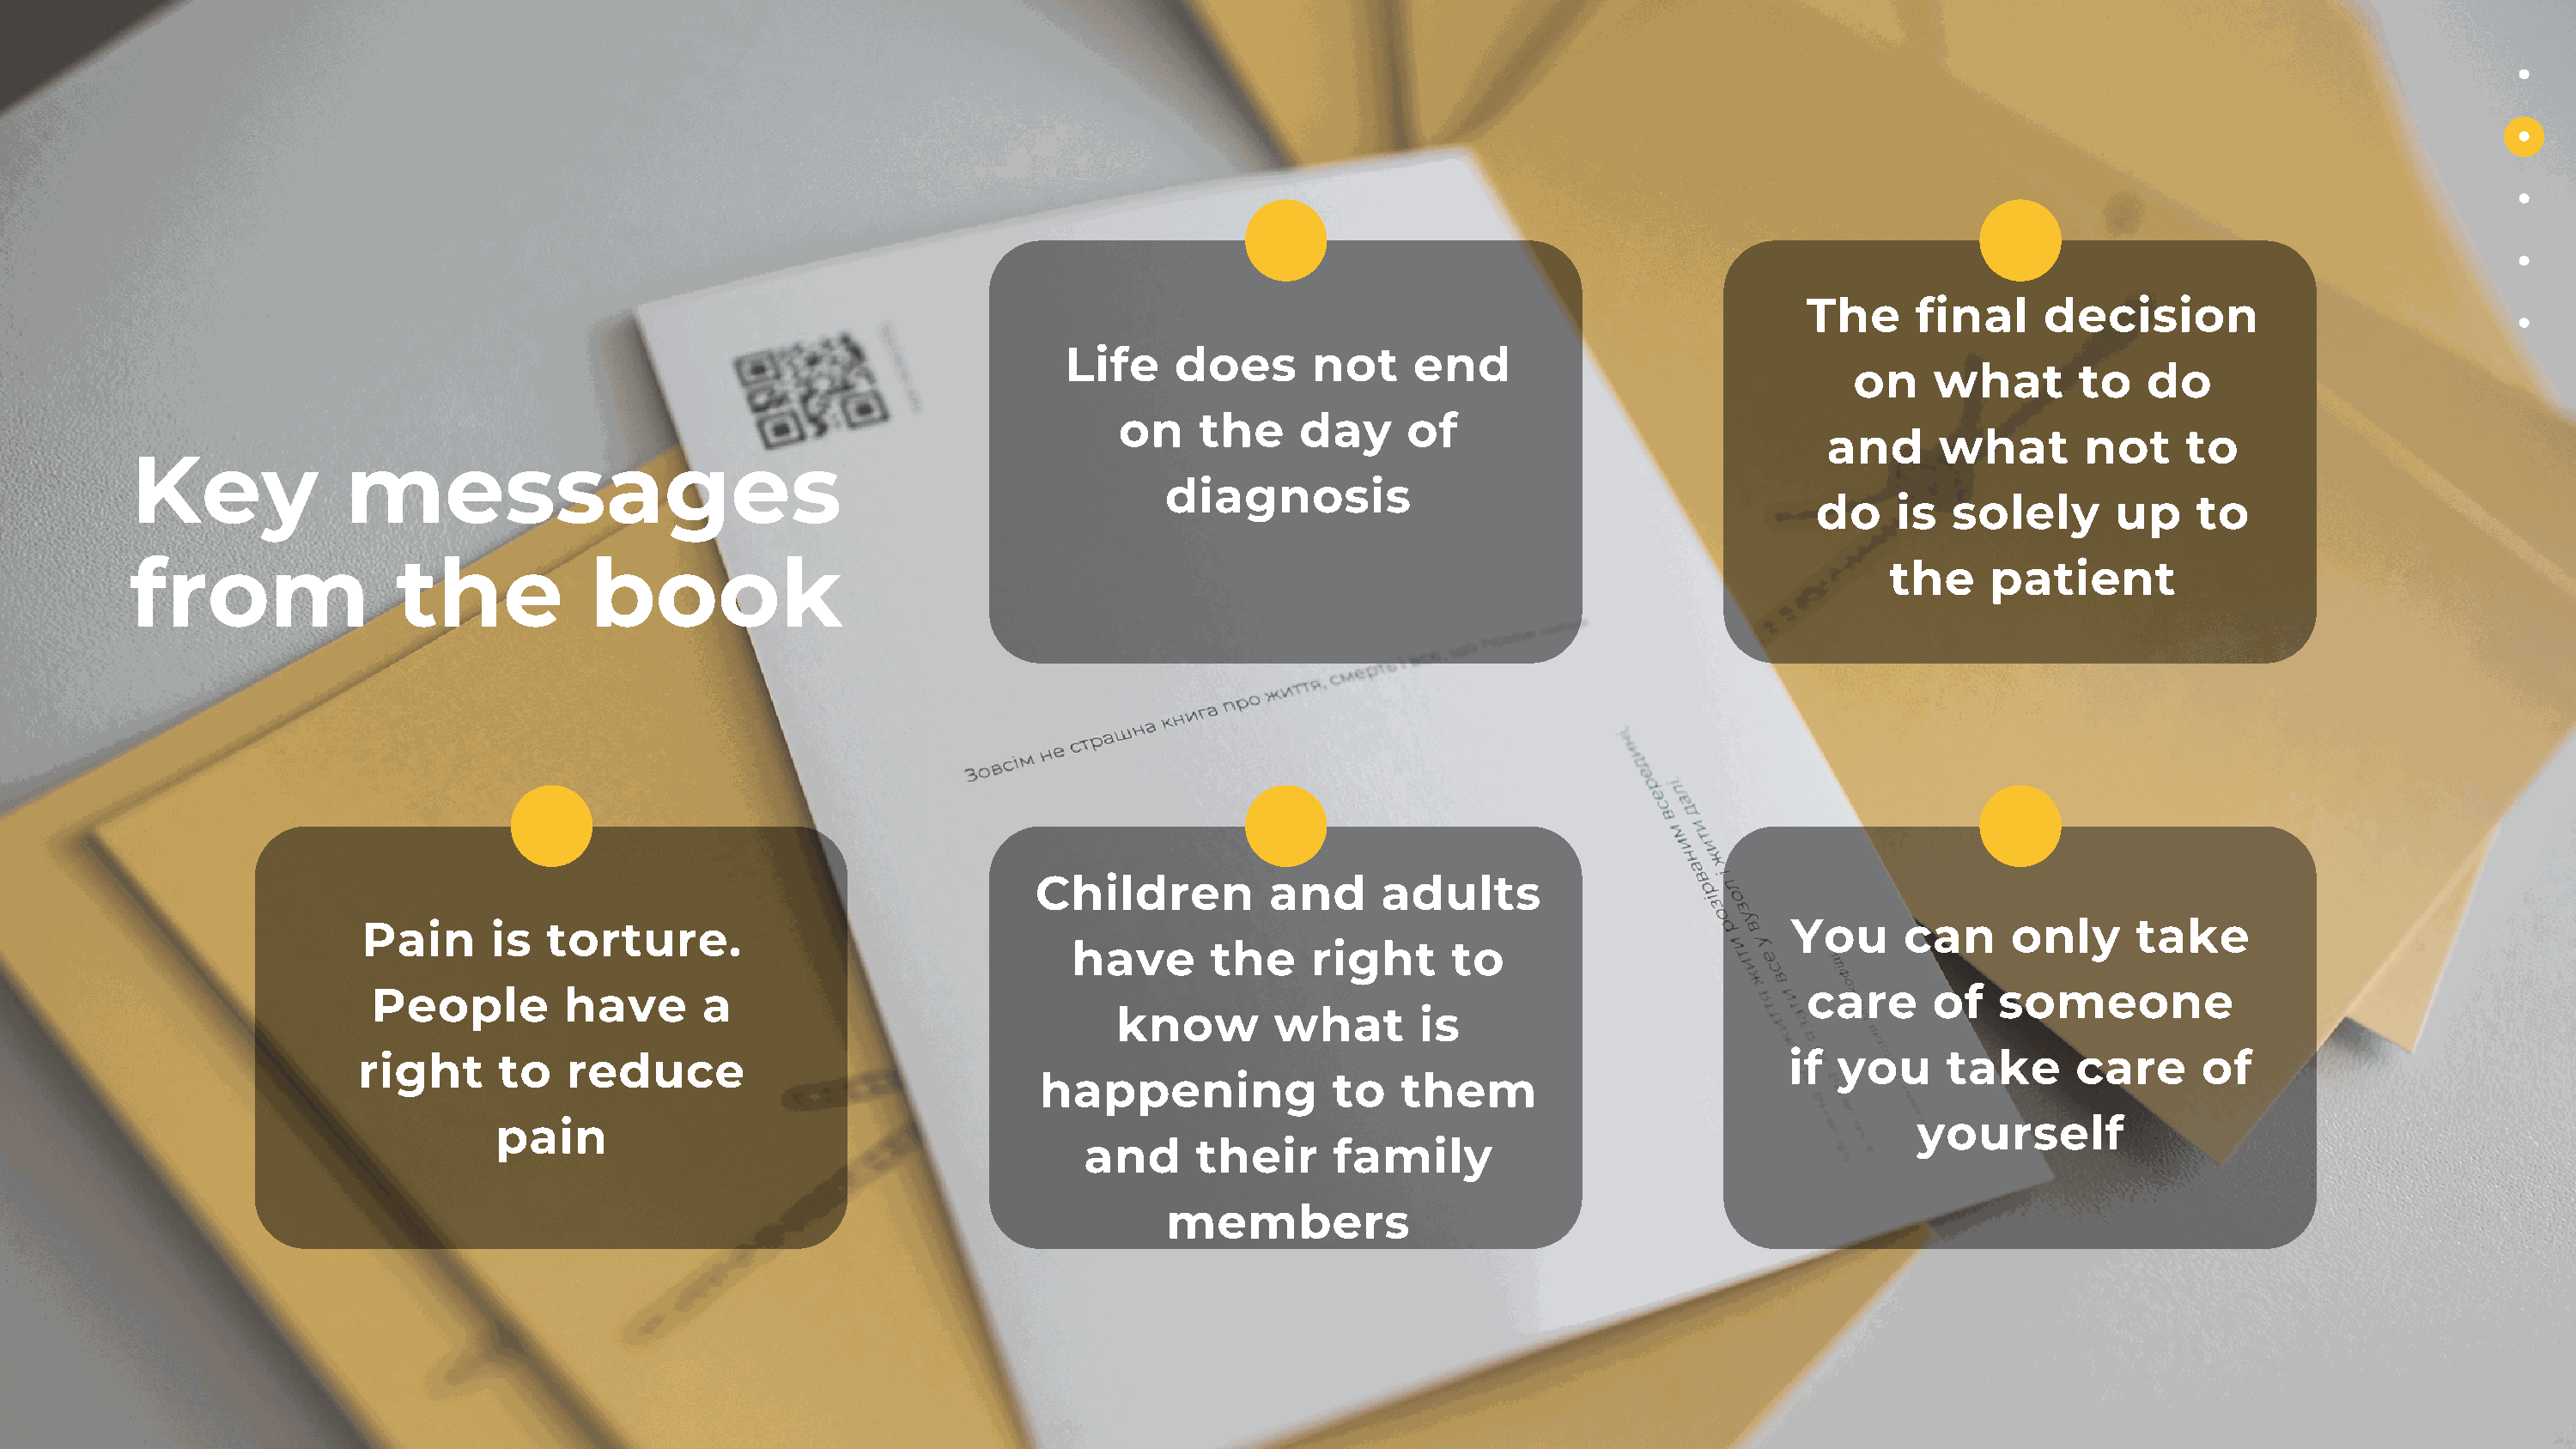
The      final     decision
 Life     does      not     end
 on    what       to    do
 on    the     day     of
 and     what        not     to
 Key              messages
 diagnosis
 do    is  solely       up    to
 from                 the            book                                                                                                the    patient
 Children          and     adults
 Pain      is  torture.                                                                                        You      can     only      take
 have      the     right      to
 People        have       a                                                                                    care      of   someone
 know        what       is
 right     to    reduce                                                                                        if  you     take      care      of
 happening              to   them
 pain                                                                                                          yourself
 and     their      family
 members